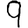
Digit: 9